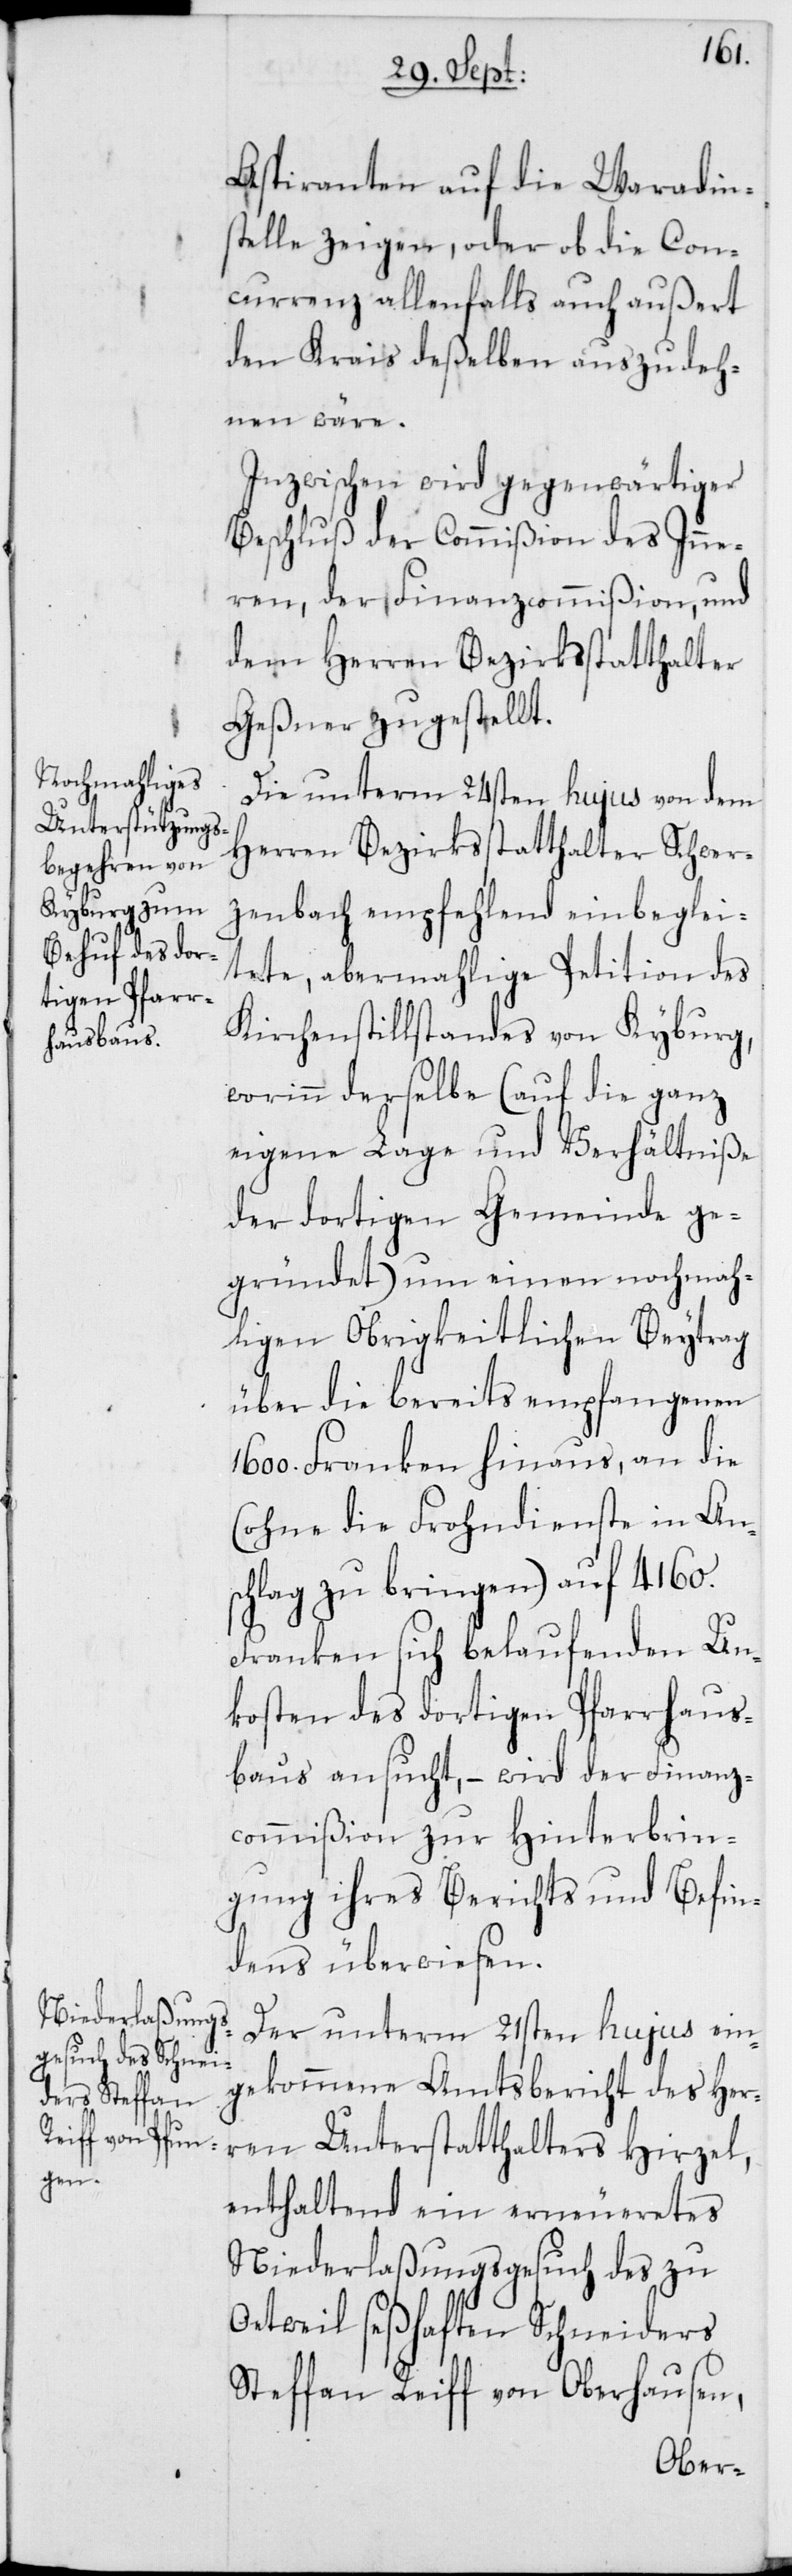
Aspiranten auf die Waradin¬
stelle zeigen, oder ob die Con¬
currenz allenfalls auch außert
den Krais deßelben auszudeh¬
nen wäre.
Inzwischen wird gegenwärtiger
Beschluß der Commißion des Inne¬
ren, der Finanzcommißion, und
dem Herren Bezirksstatthalter
Geßner zugestellt.
Die unterm 24sten hujus von dem
Herren Bezirksstatthalter Schwer¬
zenbach empfehlend einbeglei¬
tete, abermahlige Petition des
Kirchenstillstandes von Kyburg,
worinn derselbe (auf die ganz
eigene Lage und Verhältniße
der dortigen Gemeinde ge¬
gründet) um einen nochmah¬
ligen Obrigkeitlichen Beytrag
über die bereits empfangenen
1600. Franken hinaus, an die
(ohne die Frondienste in An¬
schlag zu bringen) auf 4160.
Franken sich belaufenden Un¬
kosten des dortigen Pfarrhaus¬
baus ansucht, – wird der Finanz¬
commißion zur Hinterbrin¬
gung ihres Berichts und Befin¬
dens überwiesen.
Der unterm 21sten hujus ein¬
gekommene Amtsbericht des Her¬
ren Unterstatthalters Hirzel,
enthaltend ein erneueretes
Niederlaßungsgesuch des zu
Oetwil seßhaften Schneiders
Steffan Reiff von Oberhausen,